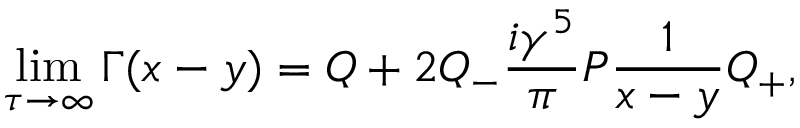
\operatorname * { l i m } _ { \tau \rightarrow \infty } \Gamma ( x - y ) = Q + 2 Q _ { - } \frac { i \gamma ^ { 5 } } { \pi } { \cal P } \frac { 1 } { x - y } Q _ { + } ,